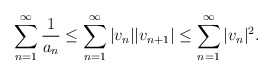
\begin{align*} \sum_{n=1}^\infty \frac{1}{a_n} \le \sum_{n=1}^\infty |v_n||v_{n+1}| \le \sum_{n=1}^\infty |v_n|^2. \end{align*}